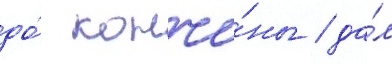
до́ кончи́ны / да́л